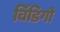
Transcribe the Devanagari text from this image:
विंडिगो